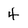
Character: 4